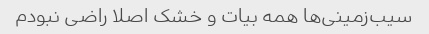
سیب‌زمینی‌ها همه بیات و خشک اصلا راضی نبودم